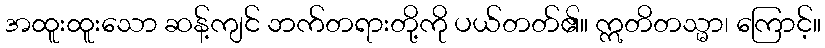
အထူးထူးသော ဆန့်ကျင် ဘက်တရားတို့ကို ပယ်တတ်၏။ ဣတိတသ္မာ၊ ကြောင့်။